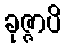
ခုဇ္ဇာပိ